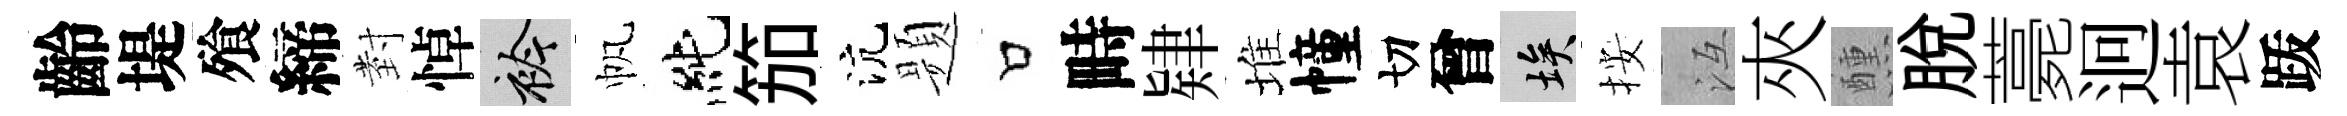
齡堤飱締𭔹悼衿帆純笳沆题口畤肄堆幢切曾埃按冱夾醺脱薧迥袁䟦